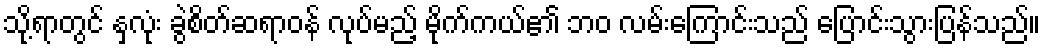
သို့ရာတွင် နှလုံး ခွဲစိတ်ဆရာဝန် လုပ်မည့် မိုက်ကယ်၏ ဘဝ လမ်းကြောင်းသည် ပြောင်းသွားပြန်သည်။